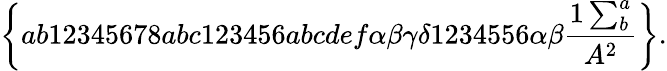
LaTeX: \left\{ ab12345678abc123456abcdef\alpha\beta\gamma\delta 1234556\alpha\beta\frac{1\sum_{b}^{a}}{A^{2}}\right\} .